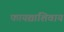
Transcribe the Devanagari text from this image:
फायद्यांशिवाय